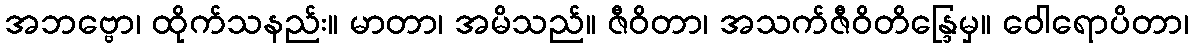
အဘဗ္ဗော၊ ထိုက်သနည်း။ မာတာ၊ အမိသည်။ ဇီဝိတာ၊ အသက်ဇီဝိတိန္ဒြေမှ။ ဝေါရောပိတာ၊